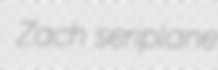
Zach seriplane